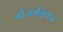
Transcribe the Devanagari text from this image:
श्रीजगन्निवास